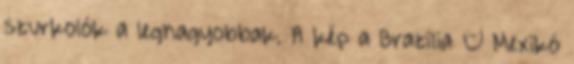
szurkolók a legnagyobbak. A kép a Brazília – Mexikó